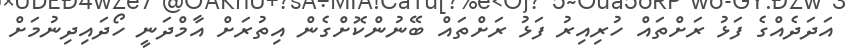
އަދަދެއްގެ ފަޅު ރަށްތައް ހުރިއިރު ފަޅު ރަށްތައް ބޭނުންކޮށްގެން އިތުރަށް އާމްދަނީ ހޯދައިދިނުމަށް